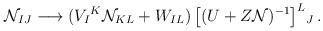
\begin{align*}{\cal N}_{IJ} \longrightarrow (V_I{}^K {\cal N}_{KL}+ W_{IL} )\,\big[(U+ Z{\cal N})^{-1}\big]^L{}_J \,.\end{align*}